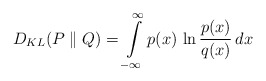
\begin{align*} D_{KL} (P \parallel Q) = \int\limits_{-\infty}^{\infty} p(x) \, \ln \frac{p(x)}{q(x)} \, dx\end{align*}